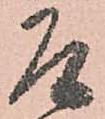
乍